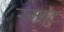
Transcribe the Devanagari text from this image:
स्म्राट